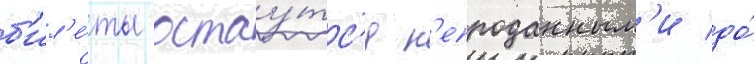
б'ил'е́ты остау́тс'я н'епроданным'и до́